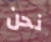
نحن